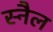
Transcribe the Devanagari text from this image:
स्नैल